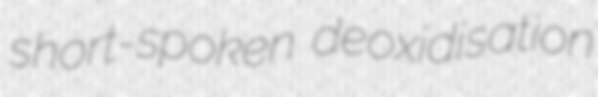
short-spoken deoxidisation